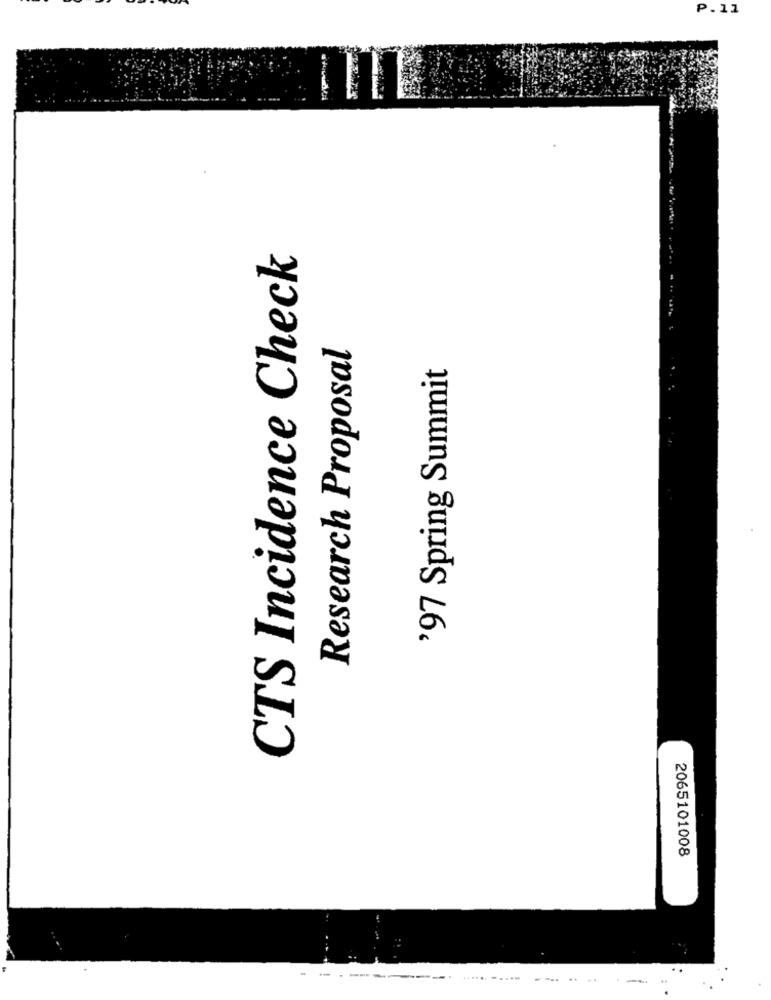
P.11
CTS Incidence Check
Research Proposal
'97 Spring Summit
2065101008
-----